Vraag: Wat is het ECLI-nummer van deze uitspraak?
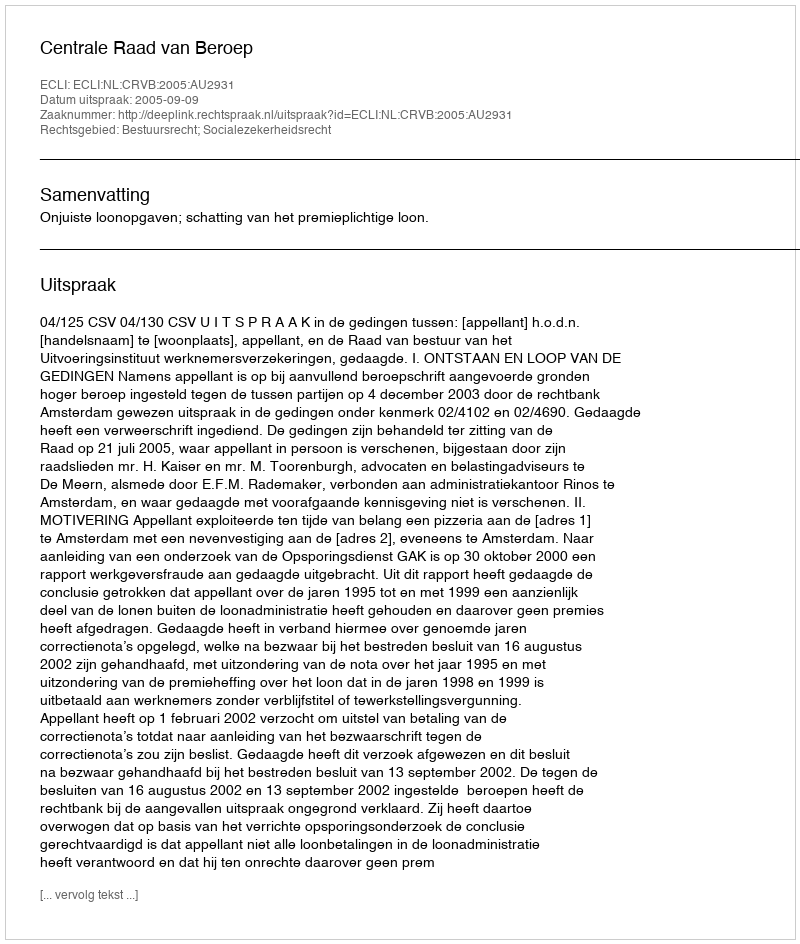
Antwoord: ECLI:NL:CRVB:2005:AU2931